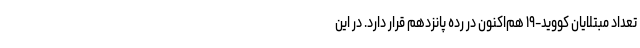
تعداد مبتلایان کووید-۱۹ هم‌اکنون در رده پانزدهم قرار دارد. در این